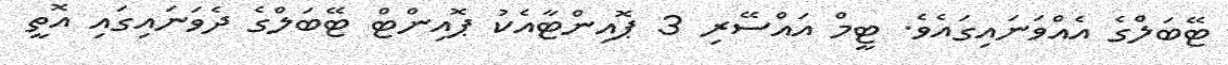
ޓޭބަލްގެ އެއްވަނައިގައެވެ. ޓީމް އައްސޭރި 3 ޕޮއިންޓާއެކު ޕޮއިންޓް ޓޭބަލްގެ ދެވަނައިގައި އޮތީ